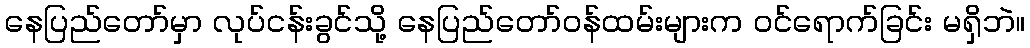
နေပြည်တော်မှာ လုပ်ငန်းခွင်သို့ နေပြည်တော်ဝန်ထမ်းများက ဝင်ရောက်ခြင်း မရှိဘဲ။